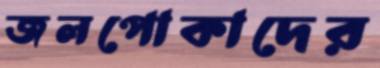
জলপোকাদের